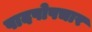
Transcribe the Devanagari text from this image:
पादपोपचार